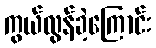
ကွယ်လွန်ခဲ့ကြောင်း